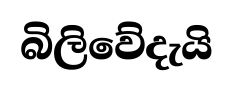
බිලිවේදැයි